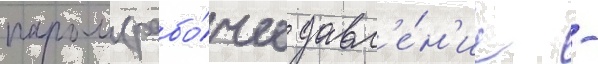
паром (рабо́чее давл'е́н'ие -